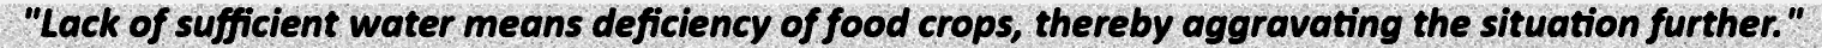
"Lack of sufficient water means deficiency of food crops, thereby aggravating the situation further."